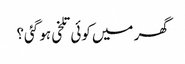
گھر میں کوئی تلخی ہو گئی؟